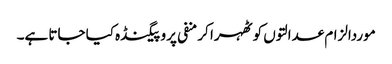
موردالزام عدالتوں کو ٹھہرا کر منفی پروپیگنڈہ کیا جاتا ہے۔